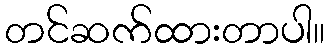
တင်ဆက်ထားတာပါ။